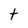
Character: t